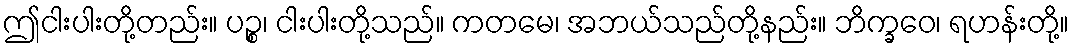
ဤငါးပါးတို့တည်း။ ပဉ္စ၊ ငါးပါးတို့သည်။ ကတမေ၊ အဘယ်သည်တို့နည်း။ ဘိက္ခဝေ၊ ရဟန်းတို့။